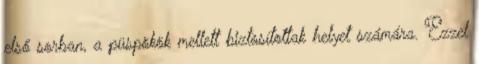
első sorban, a püspökök mellett biztosítottak helyet számára. Ezzel